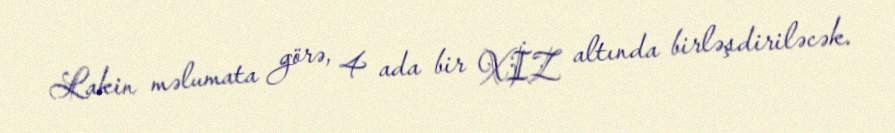
Lakin məlumata görə, 4 ada bir XİZ altında birləşdiriləcək.